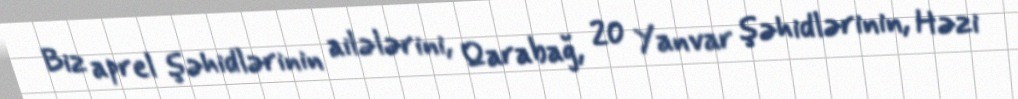
Biz aprel şəhidlərinin ailələrini, Qarabağ, 20 Yanvar şəhidlərinin, Həzi